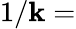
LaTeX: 1/\mathbf{k}=